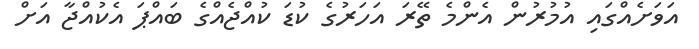
އަވަށެއްގައި އުމުރުން އެންމެ ތޭރަ އަހަރުގެ ކުޑަ ކުއްޖެއްގެ ބައްޕަ އެކުއްޖާ އަށް